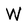
Character: W